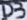
Text: D3